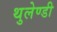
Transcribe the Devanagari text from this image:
थुलेण्डी